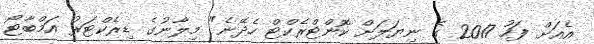
އެއަށް ފަހު 2017 ގެ ނިޔަލަށް ކޮންޓްރެކްޓް ހެދޭނެ" މިލާނުގެ ޑިރެކްޓަރު އަމްބާޓޯ